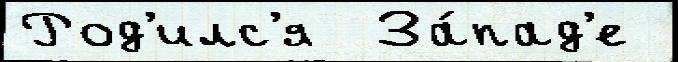
Род'илс'я  За́пад'е